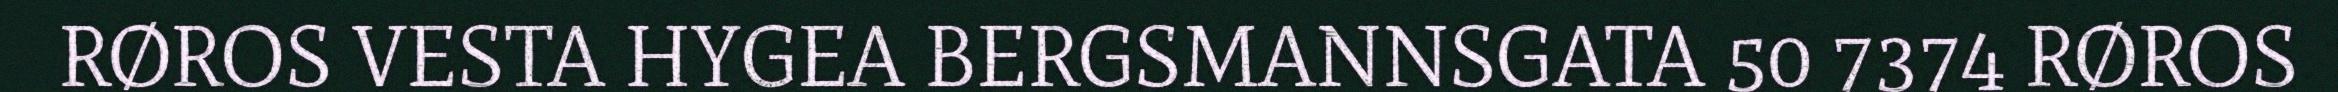
RØROS VESTA HYGEA BERGSMANNSGATA 50 7374 RØROS